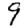
Digit: 9